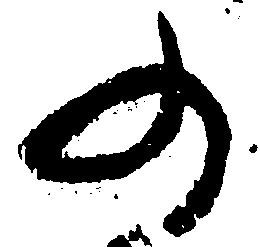
の